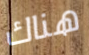
هناك